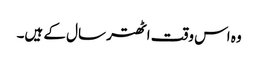
وہ اس وقت اٹھتر سال کے ہیں۔